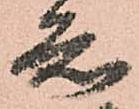
知